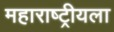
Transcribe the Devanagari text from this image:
महाराष्ट्रीयला